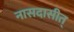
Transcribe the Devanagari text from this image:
नासदासीत्